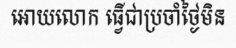
អោយលោក ធ្វើជាប្រចាំថ្ងៃមិន